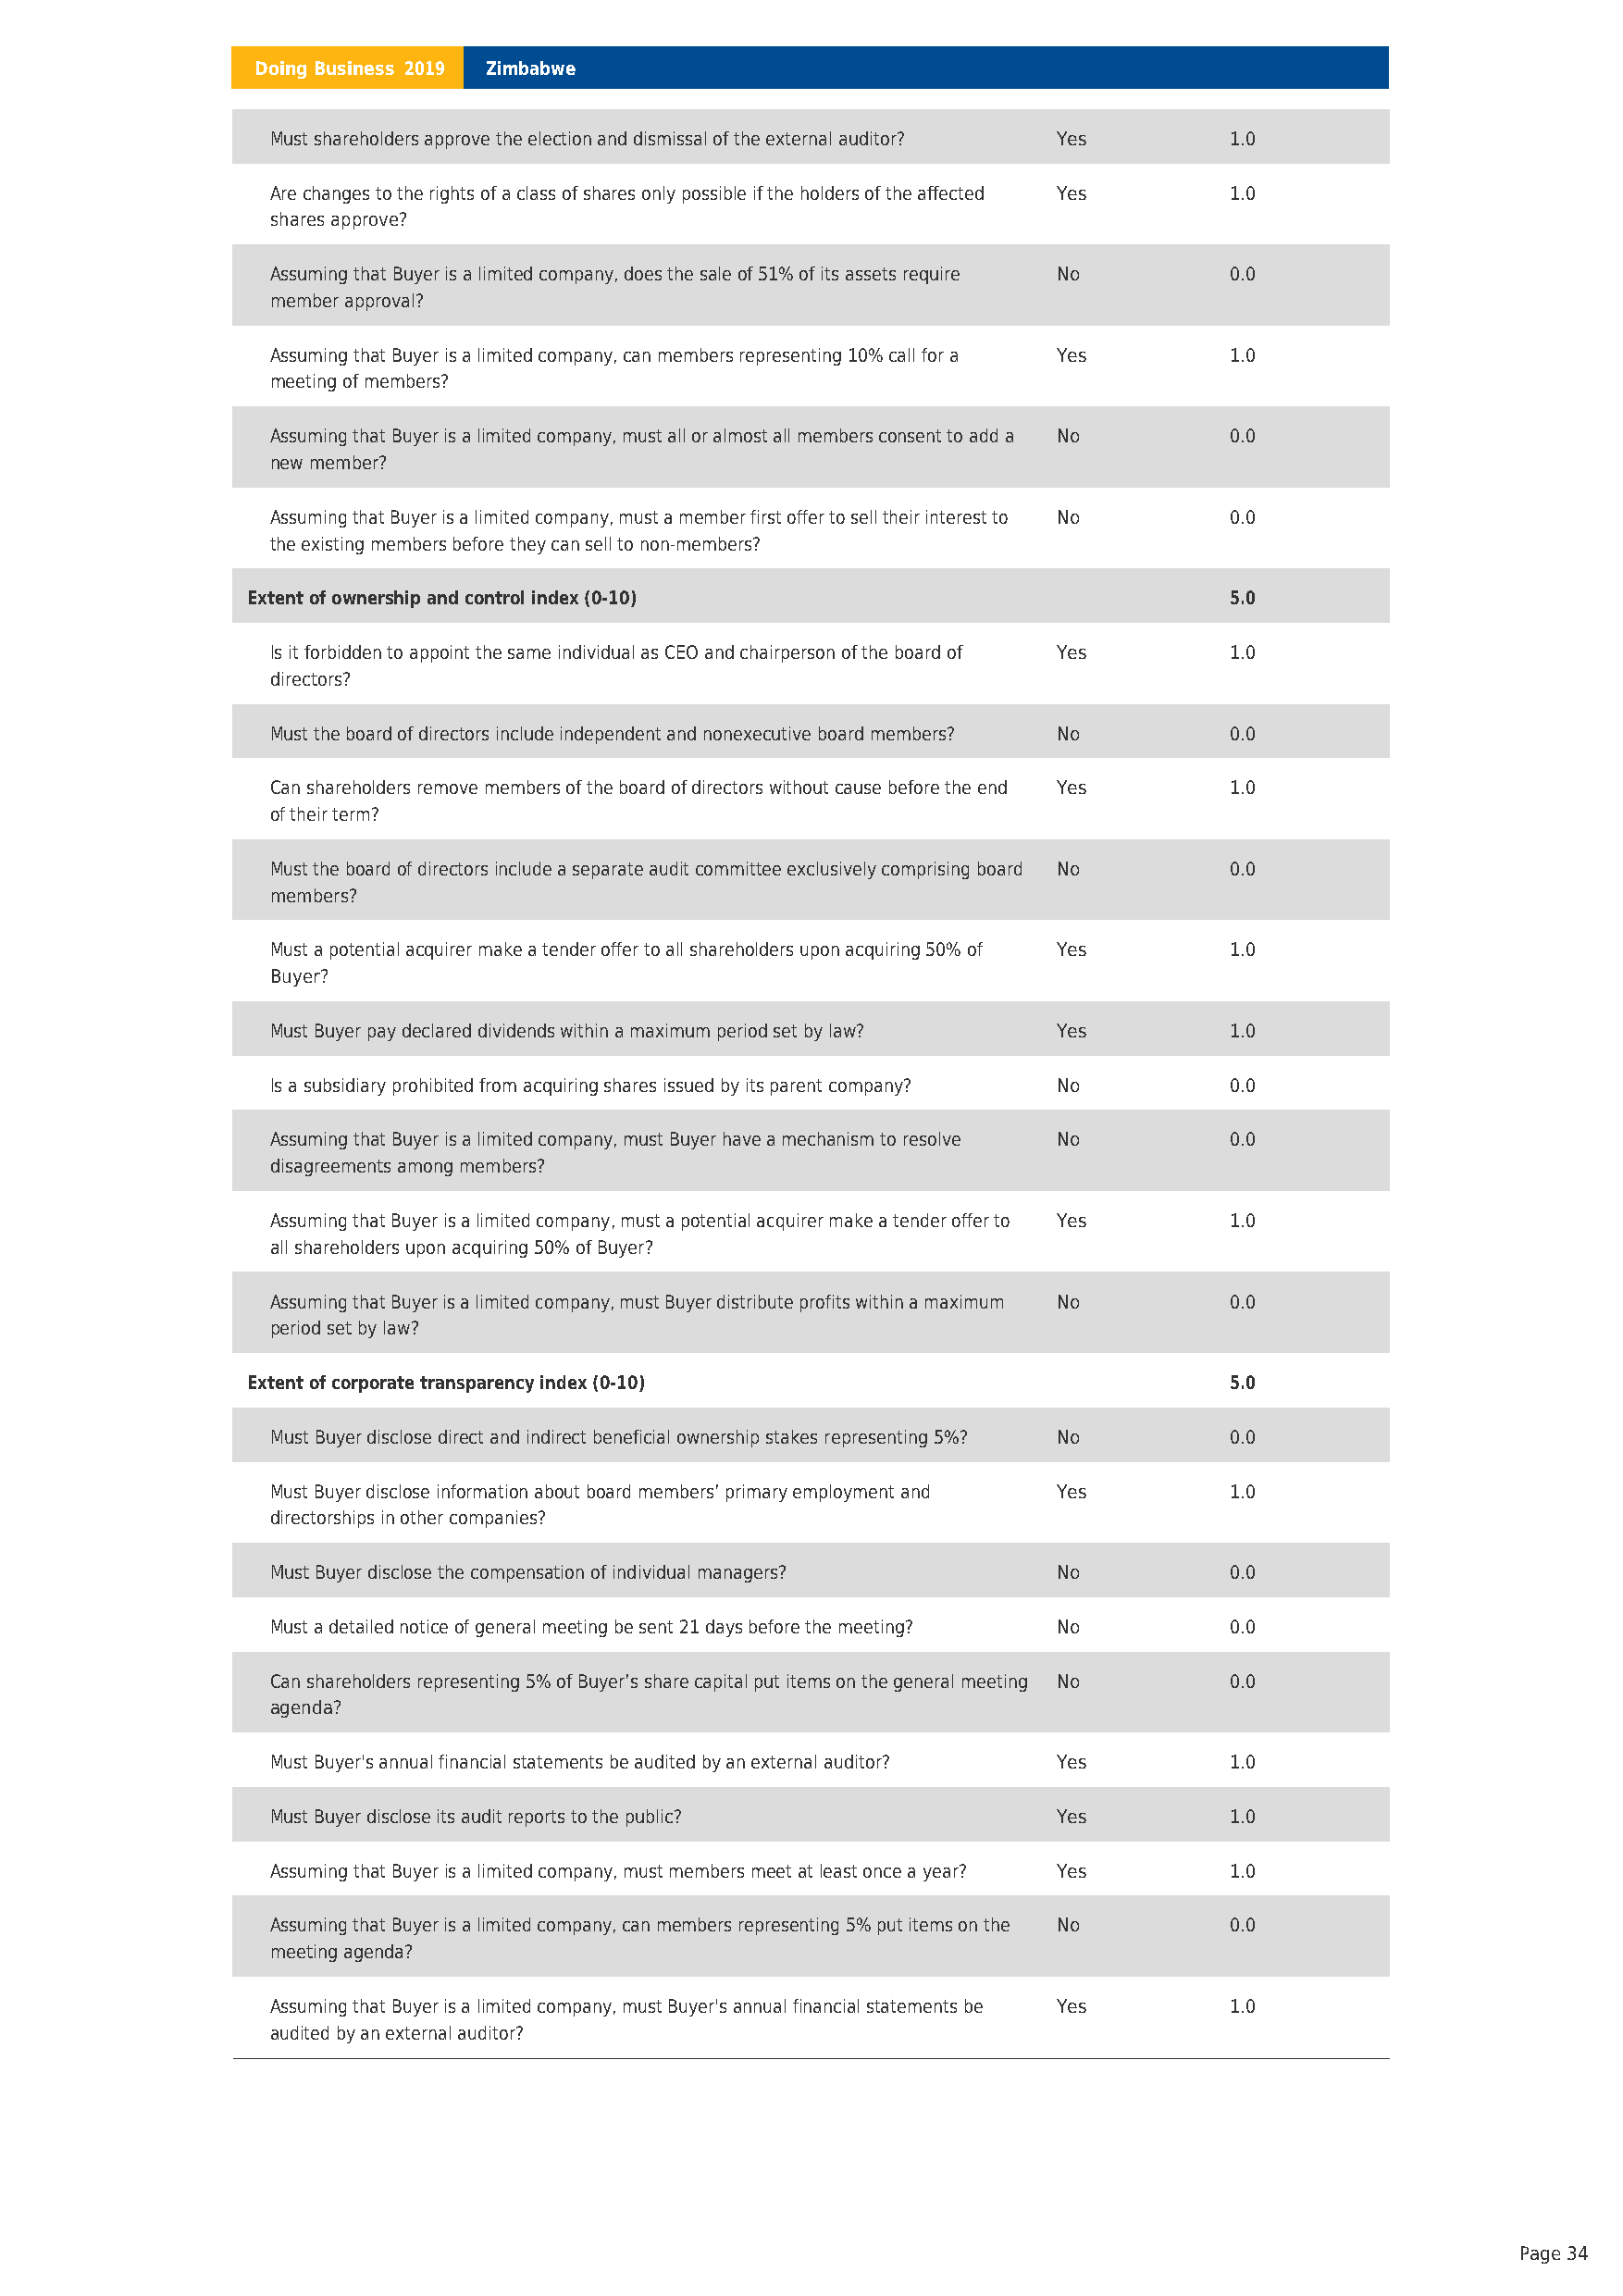
Doing Business 2019 Zimbabwe
 Must shareholders approve the election and dismissal of the external auditor? Yes 1.0
 Are changes to the rights of a class of shares only possible if the holders of the affected Yes 1.0
 shares approve?
 Assuming that Buyer is a limited company, does the sale of 51% of its assets require No 0.0
 member approval?
 Assuming that Buyer is a limited company, can members representing 10% call for a Yes 1.0
 meeting of members?
 Assuming that Buyer is a limited company, must all or almost all members consent to add a No 0.0
 new member?
 Assuming that Buyer is a limited company, must a member first offer to sell their interest to No 0.0
 the existing members before they can sell to non-members?
 Extent of ownership and control index (0-10)                          5.0
 Is it forbidden to appoint the same individual as CEO and chairperson of the board of Yes 1.0
 directors?
 Must the board of directors include independent and nonexecutive board members? No 0.0
 Can shareholders remove members of the board of directors without cause before the end Yes 1.0
 of their term?
 Must the board of directors include a separate audit committee exclusively comprising board No 0.0
 members?
 Must a potential acquirer make a tender offer to all shareholders upon acquiring 50% of Yes 1.0
 Buyer?
 Must Buyer pay declared dividends within a maximum period set by law? Yes 1.0
 Is a subsidiary prohibited from acquiring shares issued by its parent company? No 0.0
 Assuming that Buyer is a limited company, must Buyer have a mechanism to resolve No 0.0
 disagreements among members?
 Assuming that Buyer is a limited company, must a potential acquirer make a tender offer to Yes 1.0
 all shareholders upon acquiring 50% of Buyer?
 Assuming that Buyer is a limited company, must Buyer distribute profits within a maximum No 0.0
 period set by law?
 Extent of corporate transparency index (0-10)                         5.0
 Must Buyer disclose direct and indirect beneficial ownership stakes representing 5%? No 0.0
 Must Buyer disclose information about board members’ primary employment and Yes 1.0
 directorships in other companies?
 Must Buyer disclose the compensation of individual managers? No      0.0
 Must a detailed notice of general meeting be sent 21 days before the meeting? No 0.0
 Can shareholders representing 5% of Buyer’s share capital put items on the general meeting No 0.0
 agenda?
 Must Buyer's annual financial statements be audited by an external auditor? Yes 1.0
 Must Buyer disclose its audit reports to the public?     Yes         1.0
 Assuming that Buyer is a limited company, must members meet at least once a year? Yes 1.0
 Assuming that Buyer is a limited company, can members representing 5% put items on the No 0.0
 meeting agenda?
 Assuming that Buyer is a limited company, must Buyer's annual financial statements be Yes 1.0
 audited by an external auditor?
 Page 34